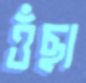
ওঁছা